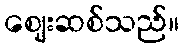
ဈေးဆစ်သည်။